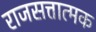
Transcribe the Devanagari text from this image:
राजसत्तात्मक